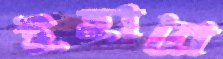
ইহারে